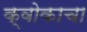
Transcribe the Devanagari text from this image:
क्वोकाचा